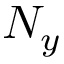
N _ { y }